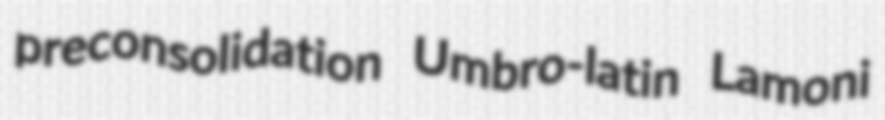
preconsolidation Umbro-latin Lamoni